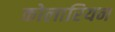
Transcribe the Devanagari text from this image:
कोलारियन